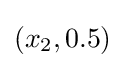
(x_{2},0.5)